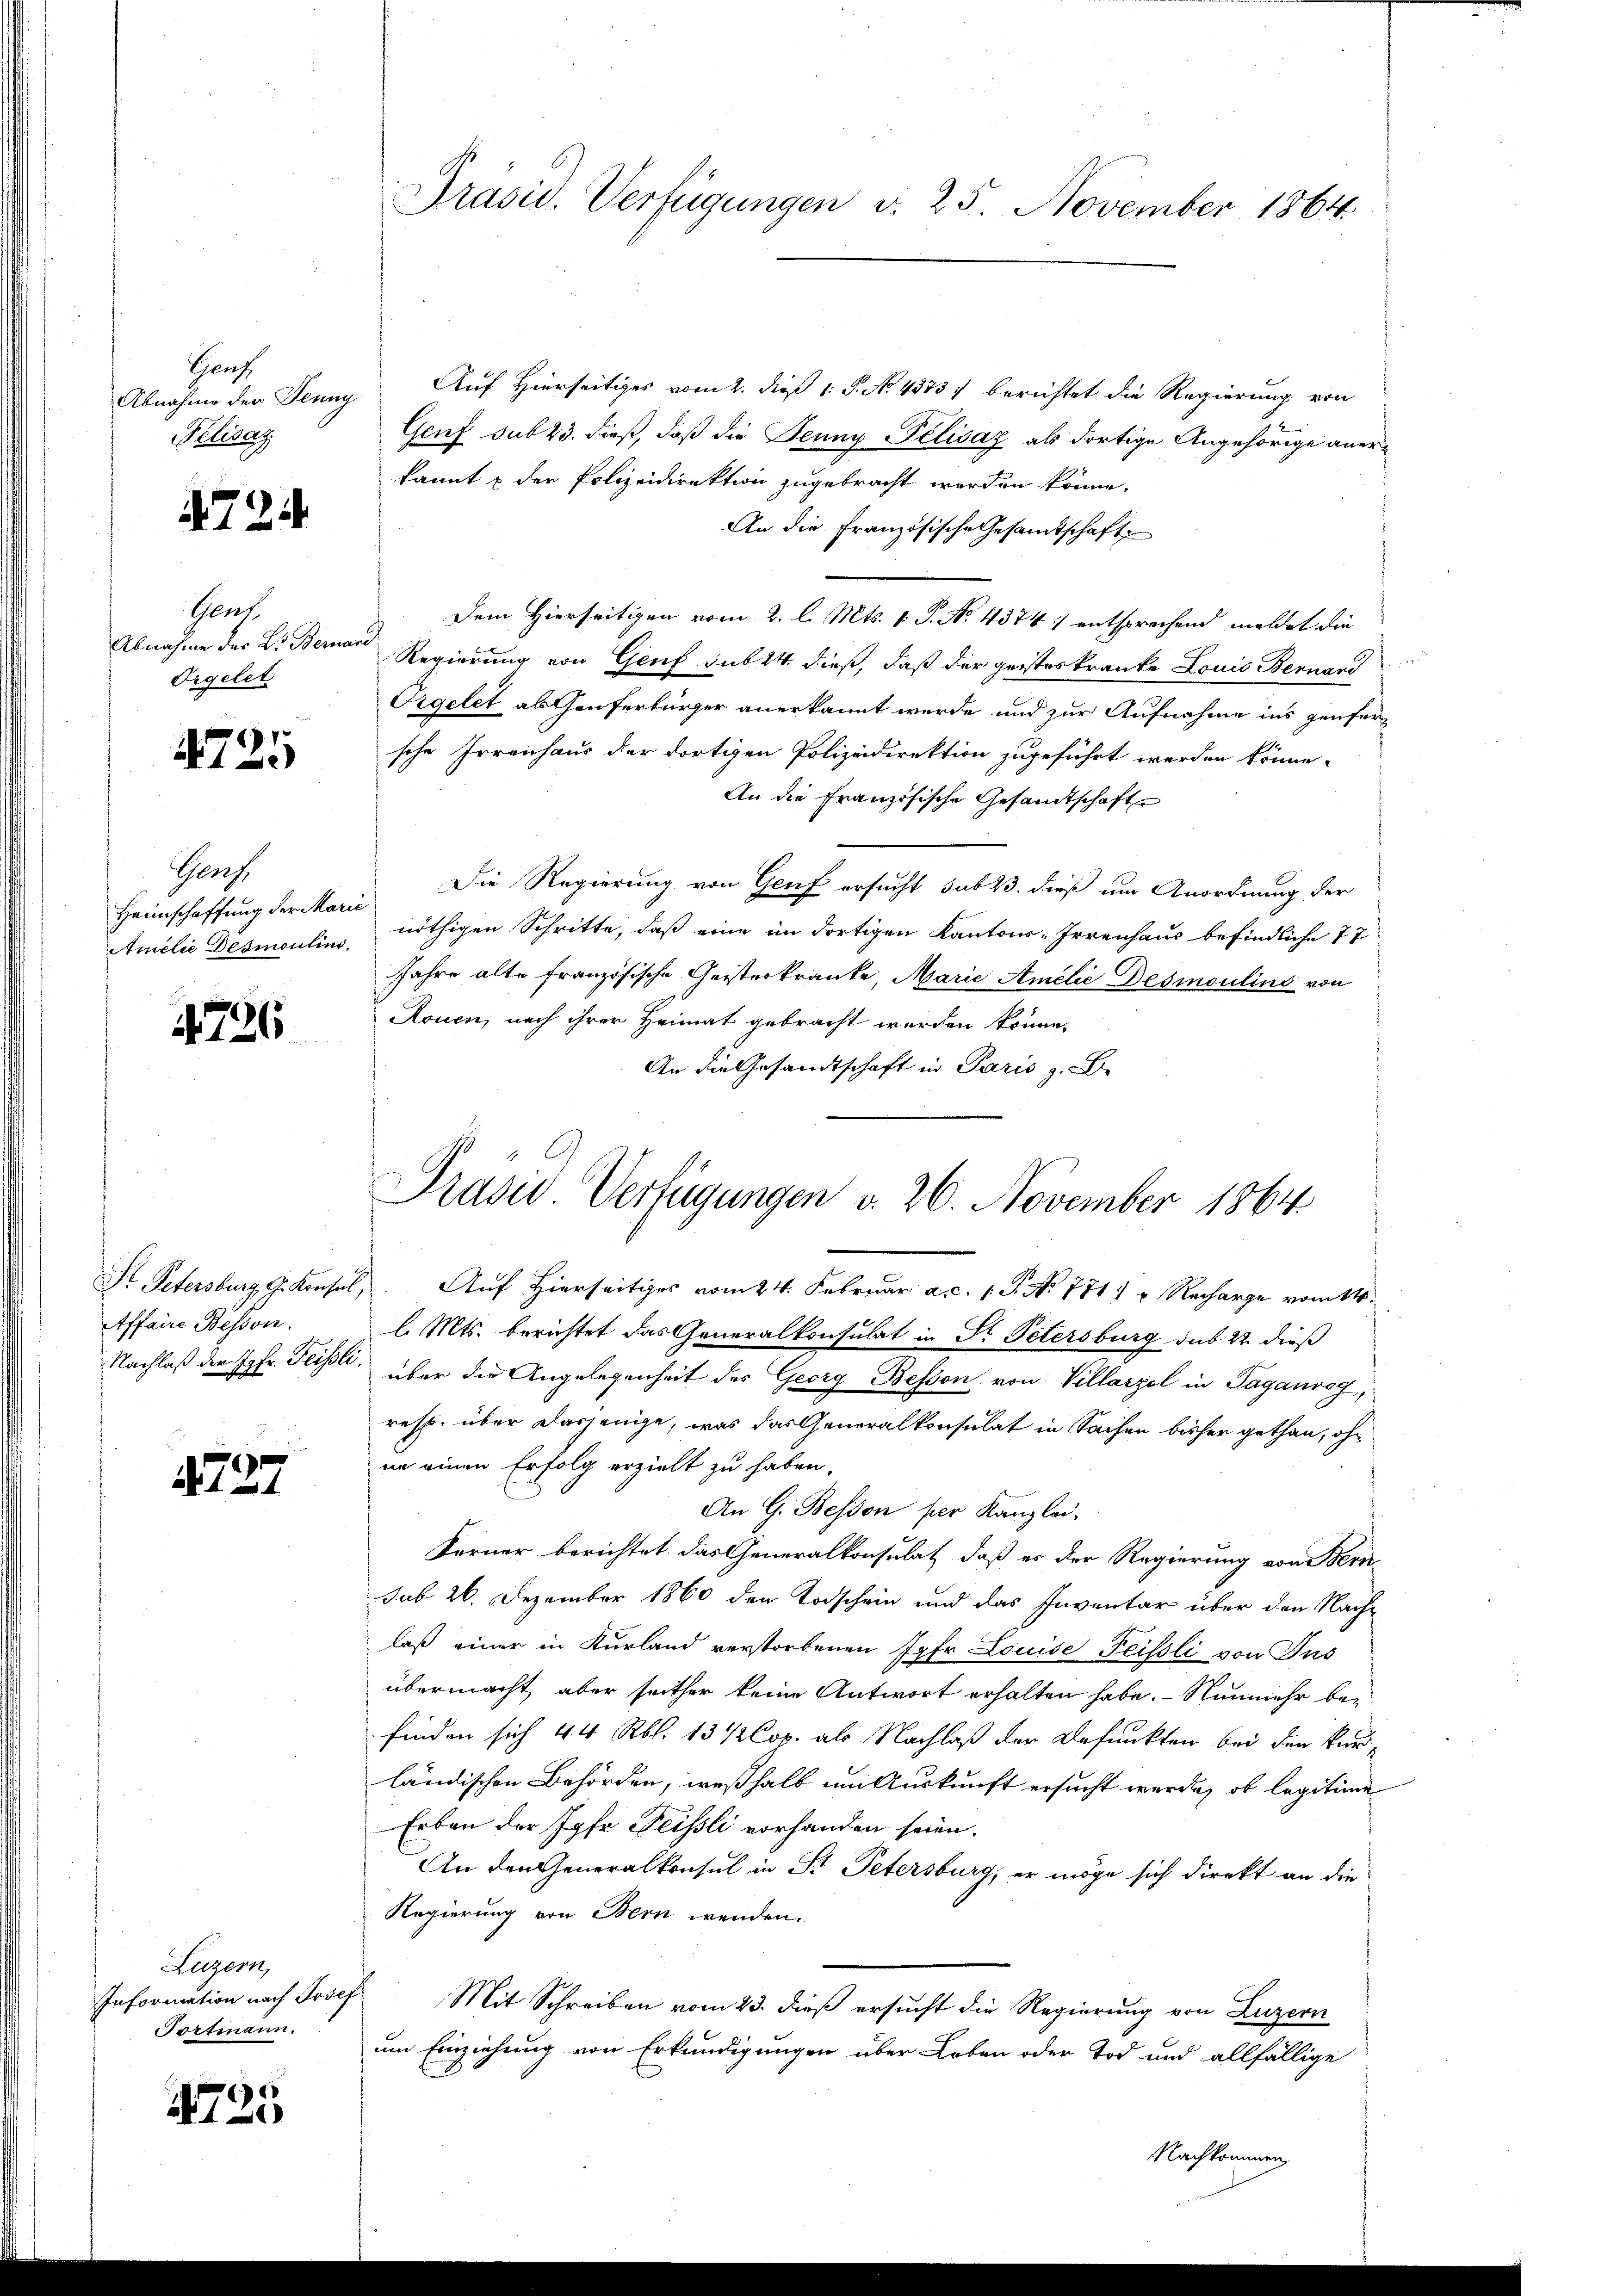
Haus
Pelisaz

4724.

Gras
Abnahme der Dr. Bernard
Orgelet.

4725

Genf.
Amilie Desmoulins

4726

Affaire Bessen.

4727

Luzern,
Information nach Proef
ortmann.

1725

Abnahme der Jenny Auf Hierseitiges vom 2. dieß 1 S. No. 43737 berichtet die Regierung von
Genf sub 23. dieß, daß die Jenny Pelisaz als dortige Angehörige anerkannt & der Polizeidirektion zugebracht werden könne.
An die Französische Gesamtschaft
Dem Hierseitigen vom 2. l. Mts. v. P. No. 4374; entsprechend meldet die
Regierung von Genf sub 14. dieß, daß der geisteskranke Louis Bernand
Orgelet als Genferbürger anerkannt werde und zur Aufnahme ins genfersche Irrenhaus der dortigen Polizeidirektion zugeführt werden könne.
An die Französische Gesandtschaft
Heimschaffung der kann. Die Regierung von Genf ersucht sub 23. dieß um Anordnung der
nöthigen Schritte, daß eine im dortigen Kantons-Irrenhaus befindliche 77
Jahre alte französische Geisterkranke, Marie Amelić Desmoulins von
Rouen, nach ihrer Heimat gebracht werden könne.
An die Gesandtschaft in Paris z. B.

Präsid. Verfügungen d. 25. November 1864

Präsio Verfügungen v. 26. November 1864

St. Petersburg, G. Konsul, Auf Hierseitiges vom 24. Februar a.c. 1 S. No 1711 u. Recharge vom 14.
l. Mts. berichtet das Generalkonsulat in St. Petersburg sub 22 dieß
Nachlaß der Jgfr. Feisli über die Angelegenheit des Georg Bessen von Villarzel in Taganrog,
reht, über dasjenige, was das Generalkonsulat in Sachen bisher gethan, ohn
nn einen Erfolg erzielt zu haben.
An G. Besion per Kanzlei-
Ferner berichtet, das Generalkonsulat, daß er der Regierung von Bern
sub 26. Dezember 1860 den Todschein und das Inventar über den Nach-
laß einer in Kurland verstorbenen Jahr Louise Feissli von Jns
übermacht aber seither keine Antwort erhalten habe. - Nunmehr bei
finden sich 44 Rbl. 13 1/2 Cop. als Nachlaß der Befunkten bei der kurländischen Behörden, weßhalb um Auskunft ersucht werde, ob legitime
Erben der Jahr Feissli vorhanden seien.
An den Generalkonsul in St. Petersburg, er möge sich direkt an die
Regierung von Bern wenden.
Mit Schreiben vom 23. dieß ersucht die Regierung von Luzern
um Einziehung von Erkundigungen über Erben oder Tod und allfällige
Nachkommen,